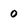
Character: 0